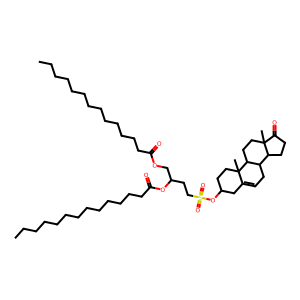
SMILES: CCCCCCCCCCCCCC(=O)OCC(CCS(=O)(=O)OC1CCC2(C)C(=CCC3C4CCC(=O)C4(C)CCC32)C1)OC(=O)CCCCCCCCCCCCC
Inhibits HIV replication: Yes